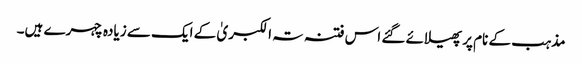
مذہب کے نام پر پھیلائے گئے اس فتنہ تہ الکبریٰ کے ایک سے زیادہ چہرے ہیں۔